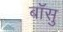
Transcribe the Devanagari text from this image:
बॉसु